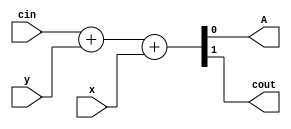
/* 
Full Adder Module for bit Addition 
Written by referencedesigner.com 
*/
module fulladder
(
 input x,
 input y,
 input cin,
 
 output A, 
 output cout
 );
 
assign {cout,A} =  cin + y + x;
 
endmodule